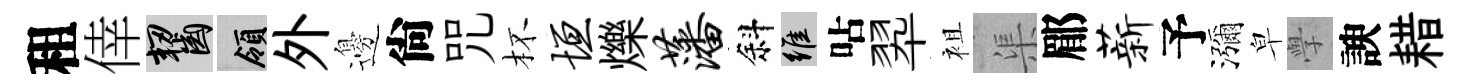
租倖齧領外邊尙咒杯垣爍藩斜維呫翆袓渠郿薪予瀰皁𭓕諛耤